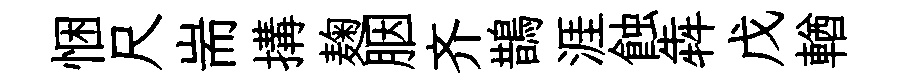
悃尺耑搆麹胭齐鵲涯蝕犇戊輶